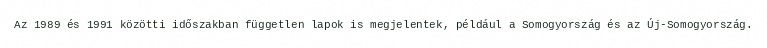
Az 1989 és 1991 közötti időszakban független lapok is megjelentek, például a Somogyország és az Új-Somogyország.